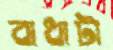
বাধাটা